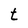
Character: t